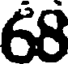
68